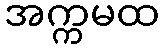
အက္ကမထ